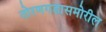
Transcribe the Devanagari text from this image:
तोरणगडासमोरील